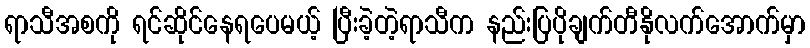
ရာသီအစကို ရင်ဆိုင်နေရပေမယ့် ပြီးခဲ့တဲ့ရာသီက နည်းပြပိုချက်တီနိုလက်အောက်မှာ